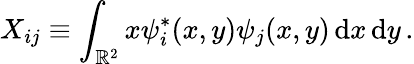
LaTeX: X_{ij}\equiv\int_{\mathbb R^{2}}x\psi_{i}^{*}(x,y)\psi_{j}(x,y)\, \mathrm{d}x\, \mathrm{d}y\, .